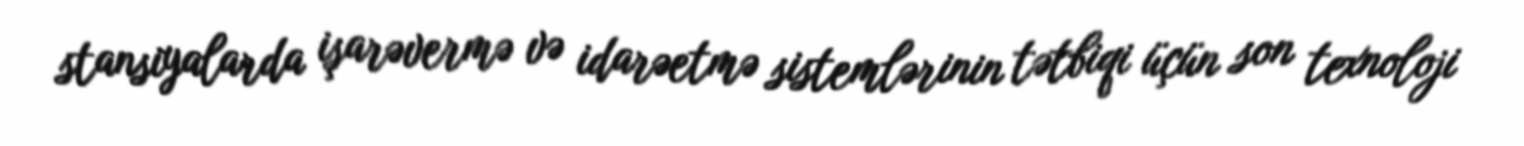
stansiyalarda işarəvermə və idarəetmə sistemlərinin tətbiqi üçün son texnoloji